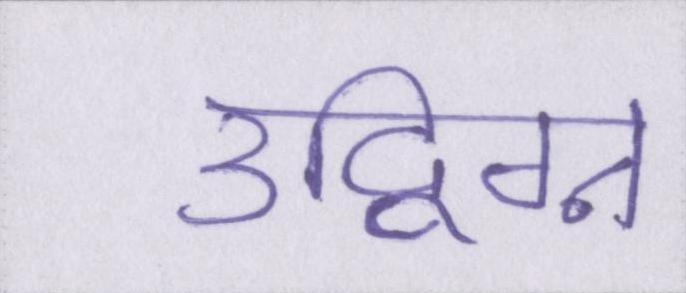
उद्विग्न